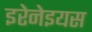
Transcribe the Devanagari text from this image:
इरेनेइयस